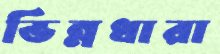
ভিন্নধারা